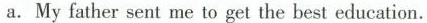
a.My father sent me to get the best education.